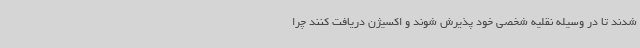
شدند تا در وسیله نقلیه شخصی خود پذیرش شوند و اکسیژن دریافت کنند چرا